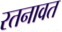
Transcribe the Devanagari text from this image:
रतनावत